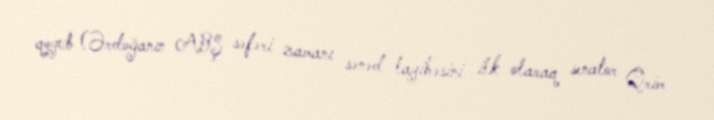
qoyub (Ərdoğanın ABŞ səfəri zamanı sənəd layihəsini ilk olaraq senator Qrim